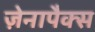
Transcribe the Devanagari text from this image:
ज़ेनापैक्स